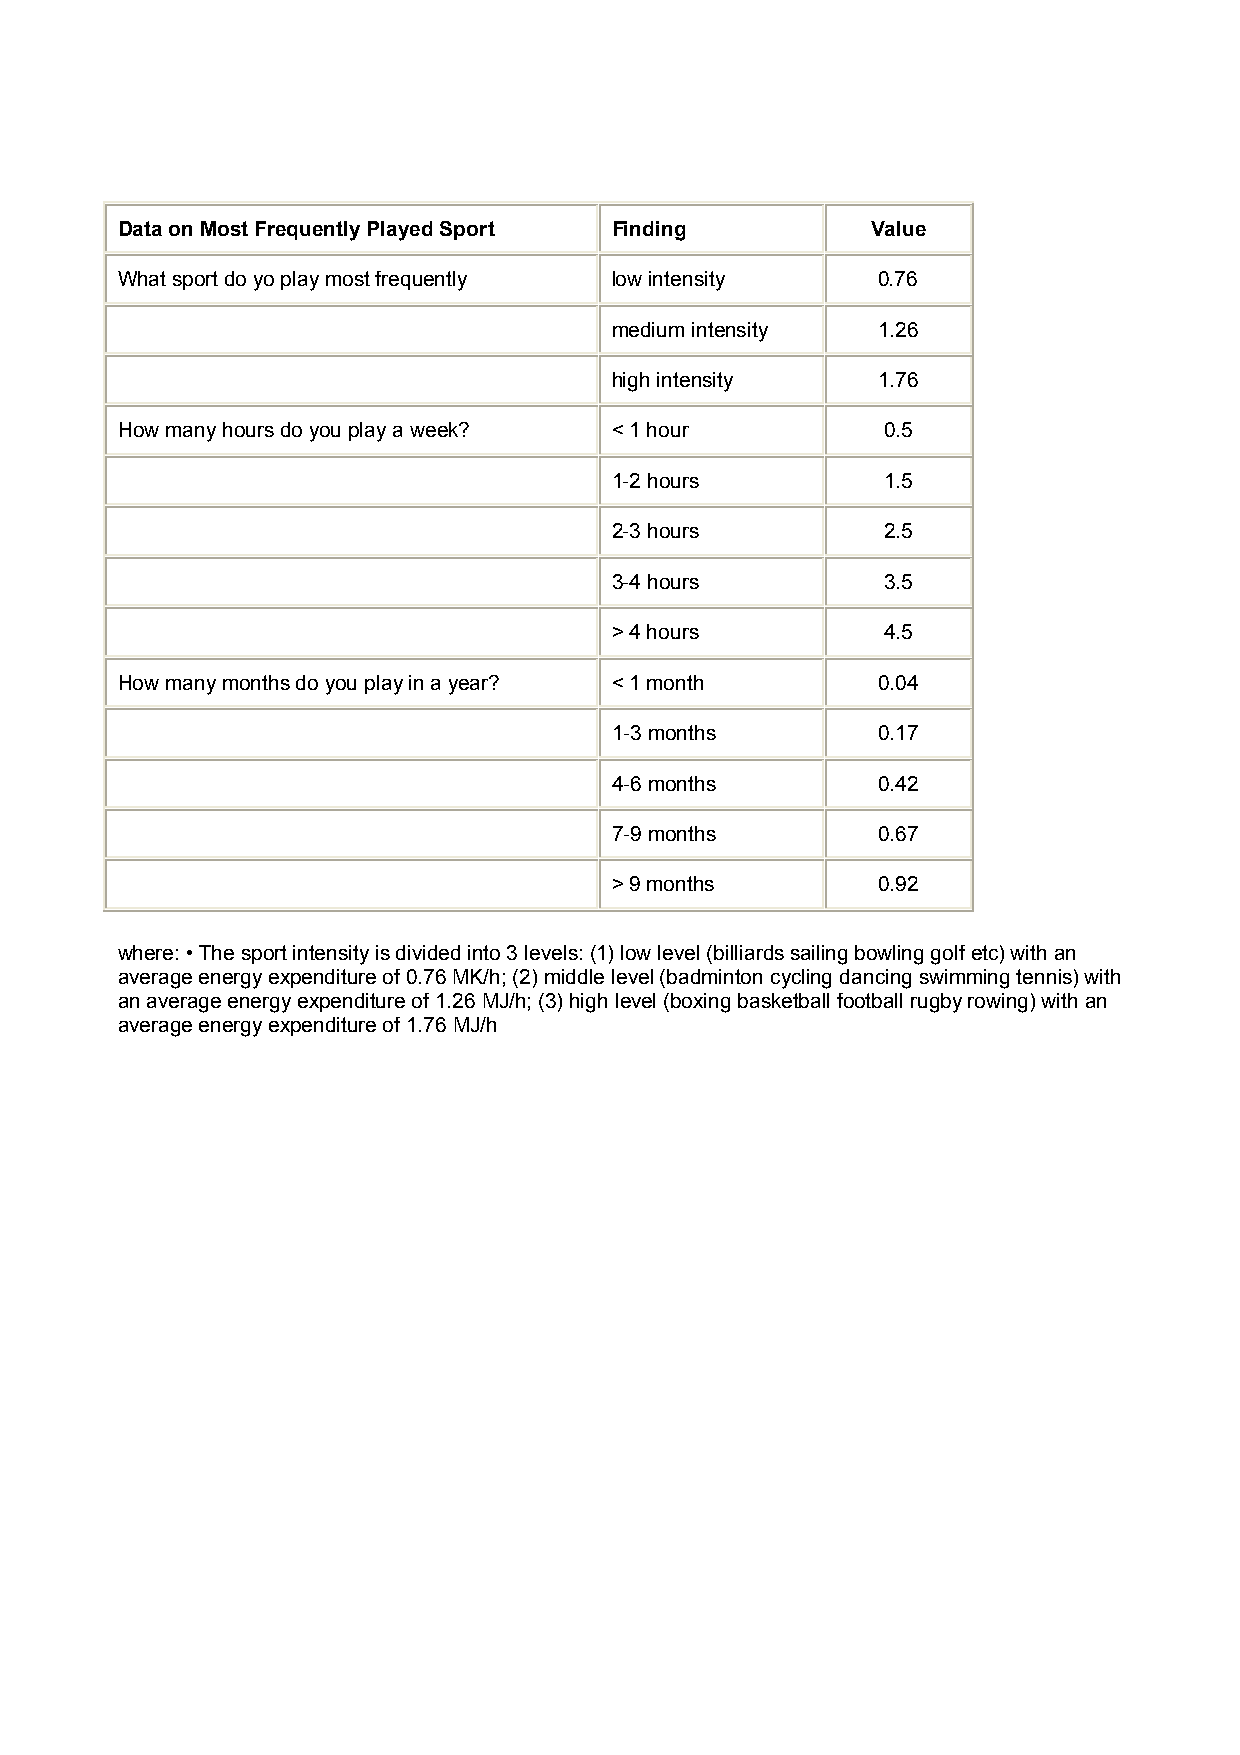
Data on Most Frequently Played Sport Finding      Value
 What sport do yo play most frequently low intensity 0.76
 medium intensity  1.26
 high intensity    1.76
 How many hours do you play a week? < 1 hour       0.5
 1-2 hours         1.5
 2-3 hours         2.5
 3-4 hours         3.5
 > 4 hours         4.5
 How many months do you play in a year? < 1 month  0.04
 1-3 months        0.17
 4-6 months        0.42
 7-9 months        0.67
 > 9 months        0.92
 where: • The sport intensity is divided into 3 levels: (1) low level (billiards sailing bowling golf etc) with an
 average energy expenditure of 0.76 MK/h; (2) middle level (badminton cycling dancing swimming tennis) with
 an average energy expenditure of 1.26 MJ/h; (3) high level (boxing basketball football rugby rowing) with an
 average energy expenditure of 1.76 MJ/h